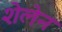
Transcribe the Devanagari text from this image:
शेलेन